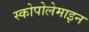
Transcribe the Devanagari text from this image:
स्कोपोलेमाइन